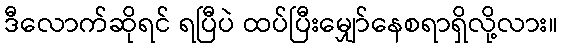
ဒီလောက်ဆိုရင် ရပြီပဲ ထပ်ပြီးမျှော်နေစရာရှိလို့လား။